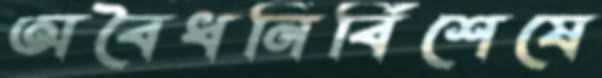
অবৈধনির্বিশেষে